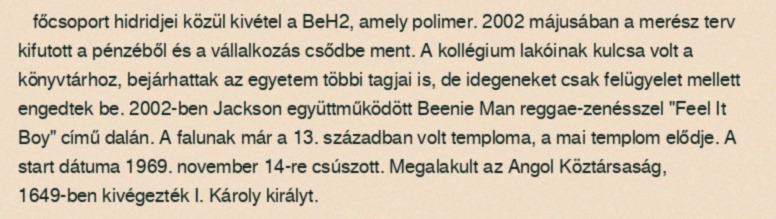
főcsoport hidridjei közül kivétel a BeH2, amely polimer. 2002 májusában a merész terv kifutott a pénzéből és a vállalkozás csődbe ment. A kollégium lakóinak kulcsa volt a könyvtárhoz, bejárhattak az egyetem többi tagjai is, de idegeneket csak felügyelet mellett engedtek be. 2002-ben Jackson együttműködött Beenie Man reggae-zenésszel "Feel It Boy" című dalán. A falunak már a 13. században volt temploma, a mai templom elődje. A start dátuma 1969. november 14-re csúszott. Megalakult az Angol Köztársaság, 1649-ben kivégezték I. Károly királyt.